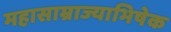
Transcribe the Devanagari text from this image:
महासाम्राज्याभिषेक